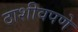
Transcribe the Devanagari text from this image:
ठाशीवपणे